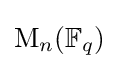
\mathrm {M} _{n}(\mathbb {F} _{q})